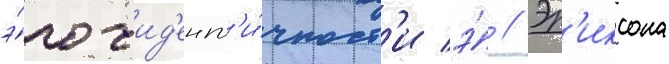
э́го-ид'ент'и́чност'и э́ // Эр'иксона